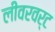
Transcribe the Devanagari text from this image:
लीवरवर्ट